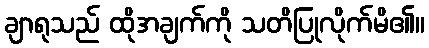
ချာရုသည် ထိုအချက်ကို သတိပြုလိုက်မိ၏။